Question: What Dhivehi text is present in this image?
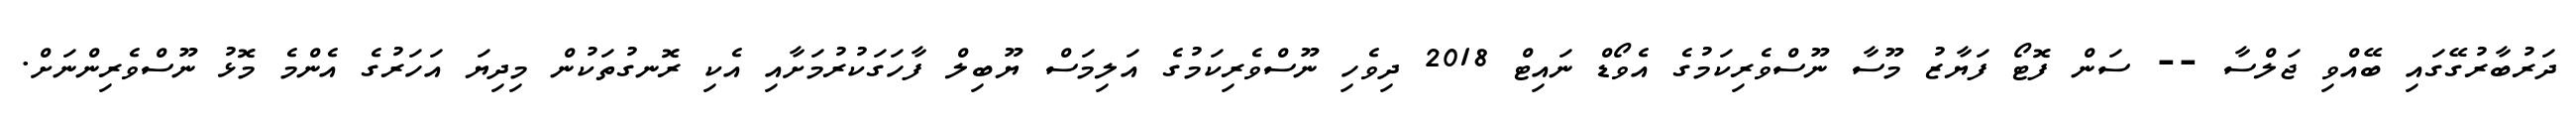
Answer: ދަރުބާރުގޭގައި ބޭއްވި ޖަލްސާ -- ސަން ފޮޓޯ ފަޔާޒު މޫސާ ނޫސްވެރިކަމުގެ އެވޯޑް ނައިޓް 2018 ދިވެހި ނޫސްވެރިކަމުގެ އަލިމަސް ޔޫބިލް ފާހަގަކުރުމަށާއި އެކި ރޮނގުތަކުން މިދިޔަ އަހަރުގެ އެންމެ މޮޅު ނޫސްވެރިންނަށް.